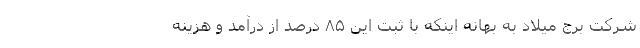
شرکت برج میلاد به بهانه اینکه با ثبت این ۸۵ درصد از درآمد و هزینه